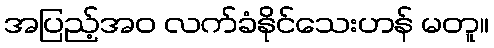
အပြည့်အဝ လက်ခံနိုင်သေးဟန် မတူ။